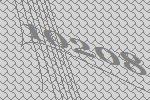
10208